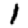
Digit: 1